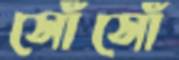
সোঁসোঁ